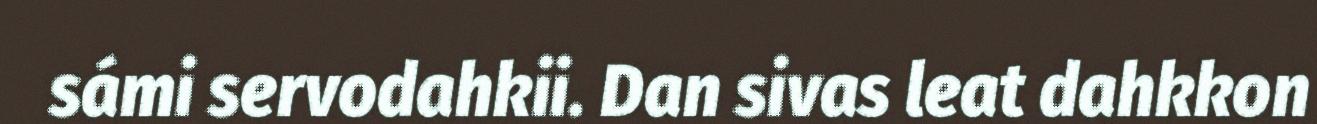
sámi servodahkii. Dan sivas leat dahkkon